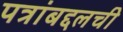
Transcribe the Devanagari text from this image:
पत्रांबद्दलची